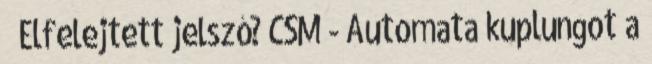
Elfelejtett jelszó? CSM - Automata kuplungot a